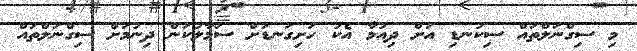
މި ސިގްނަލްތައް ސިކުނޑި އަށް ދިއުމާ އެކު ހަށިގަނޑަށް ސަމާލުކަން ދިނުމަށް ސިގްނަލްތައް